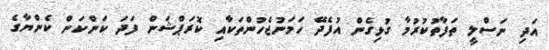
އަދި ނަސްލީ ތަފާތުކުރުމާ ގުޅިގެން އުފެދޭ ހަމަނުޖެހުންތަކާއި ކޮރަޕްޝަން ފަދަ ކަންކަން ކެންޔާގެ